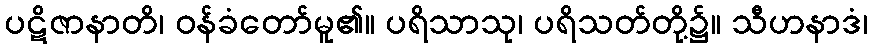
ပဋိဇာနာတိ၊ ဝန်ခံတော်မူ၏။ ပရိသာသု၊ ပရိသတ်တို့၌။ သီဟနာဒံ၊